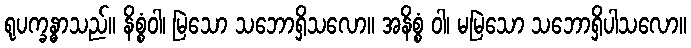
ရုပက္ခန္ဓာသည်။ နိစ္စံဝါ၊ မြဲသော သဘောရှိသလော။ အနိစ္စံ ဝါ၊ မမြဲသော သဘောရှိပါသလော။